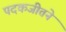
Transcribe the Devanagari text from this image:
पदकजीतने